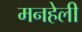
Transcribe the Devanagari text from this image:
मनहेली